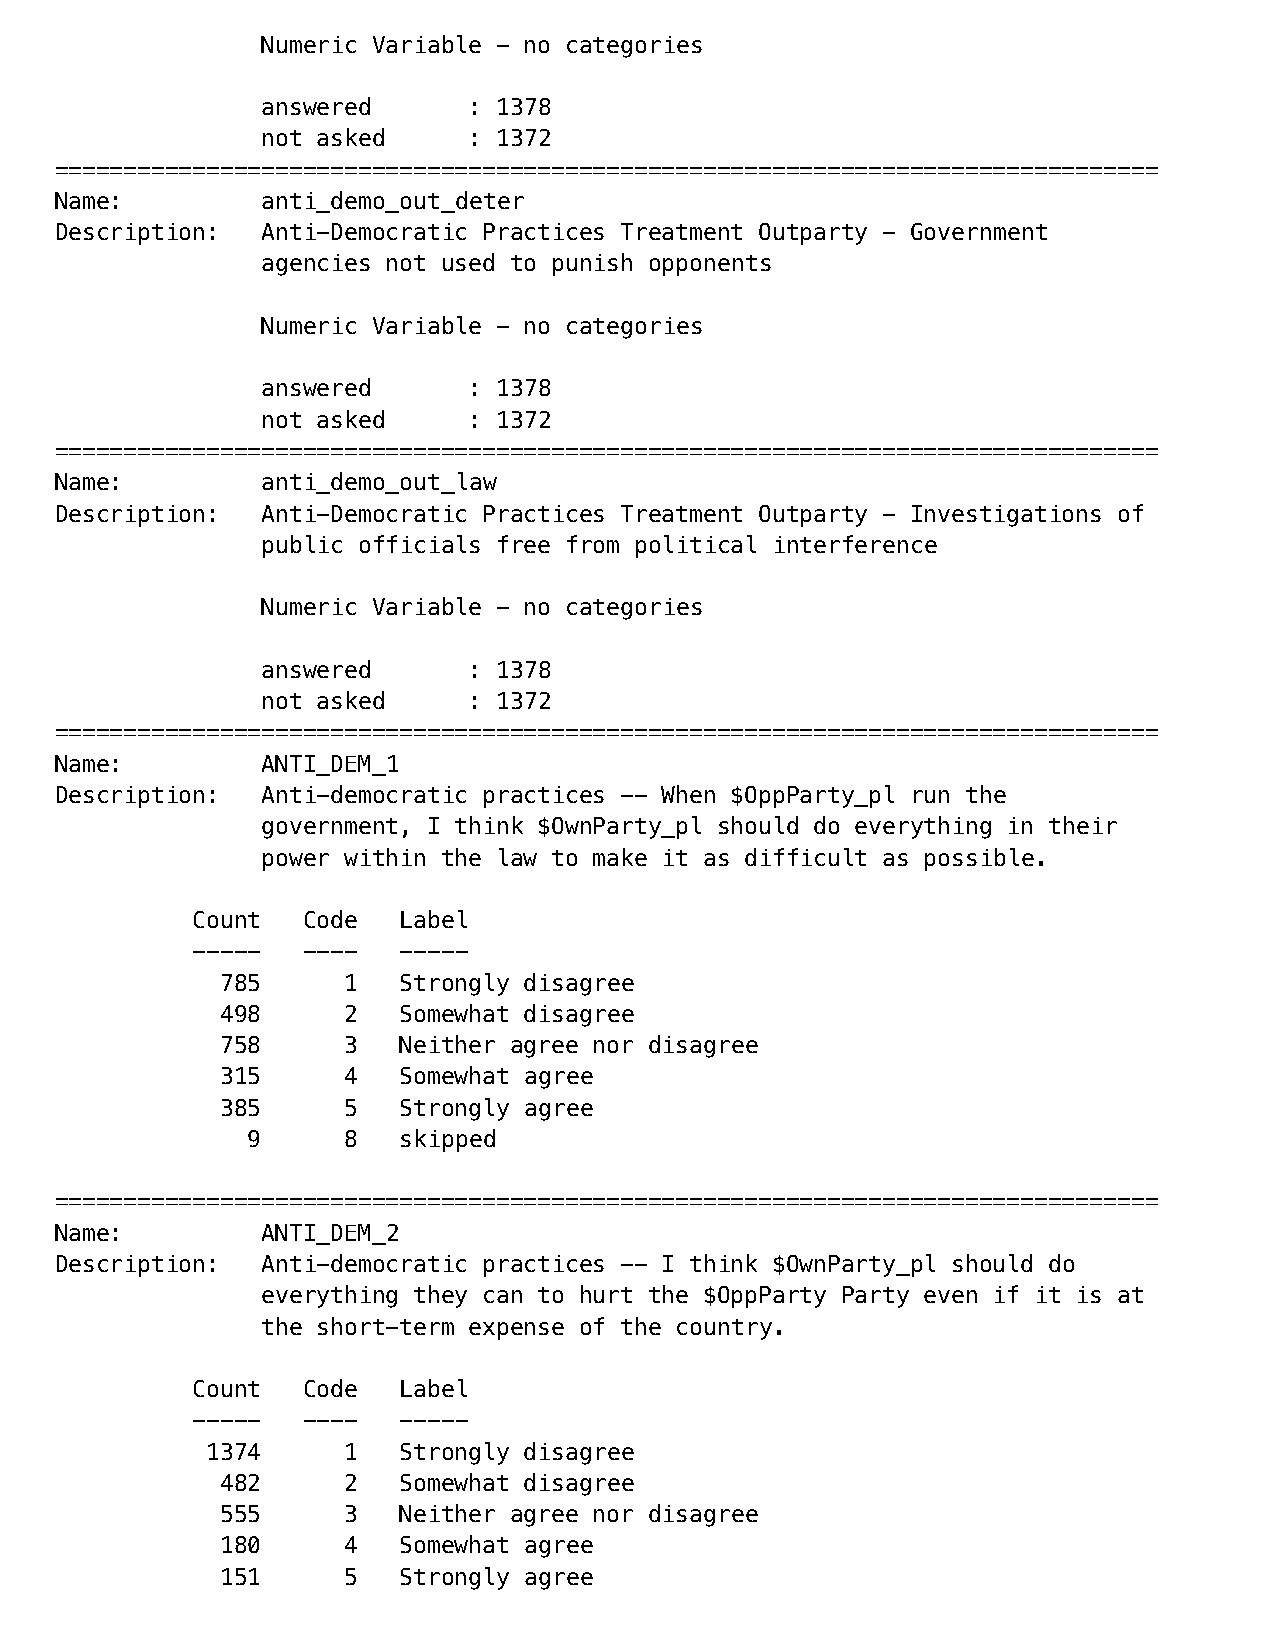
Numeric Variable - no categories
 answered      : 1378
 not asked     : 1372
 ================================================================================
 Name:        anti_demo_out_deter
 Description: Anti-Democratic Practices Treatment Outparty - Government
 agencies not used to punish opponents
 Numeric Variable - no categories
 answered      : 1378
 not asked     : 1372
 ================================================================================
 Name:        anti_demo_out_law
 Description: Anti-Democratic Practices Treatment Outparty - Investigations of
 public officials free from political interference
 Numeric Variable - no categories
 answered      : 1378
 not asked     : 1372
 ================================================================================
 Name:        ANTI_DEM_1
 Description: Anti-democratic practices -- When $OppParty_pl run the
 government, I think $OwnParty_pl should do everything in their
 power within the law to make it as difficult as possible.
 Count  Code  Label
 -----  ----  -----
 785     1  Strongly disagree
 498     2  Somewhat disagree
 758     3  Neither agree nor disagree
 315     4  Somewhat agree
 385     5  Strongly agree
 9      8  skipped
 ================================================================================
 Name:        ANTI_DEM_2
 Description: Anti-democratic practices -- I think $OwnParty_pl should do
 everything they can to hurt the $OppParty Party even if it is at
 the short-term expense of the country.
 Count  Code  Label
 -----  ----  -----
 1374     1  Strongly disagree
 482     2  Somewhat disagree
 555     3  Neither agree nor disagree
 180     4  Somewhat agree
 151     5  Strongly agree